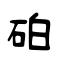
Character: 砶